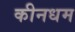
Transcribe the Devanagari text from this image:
कीनधम